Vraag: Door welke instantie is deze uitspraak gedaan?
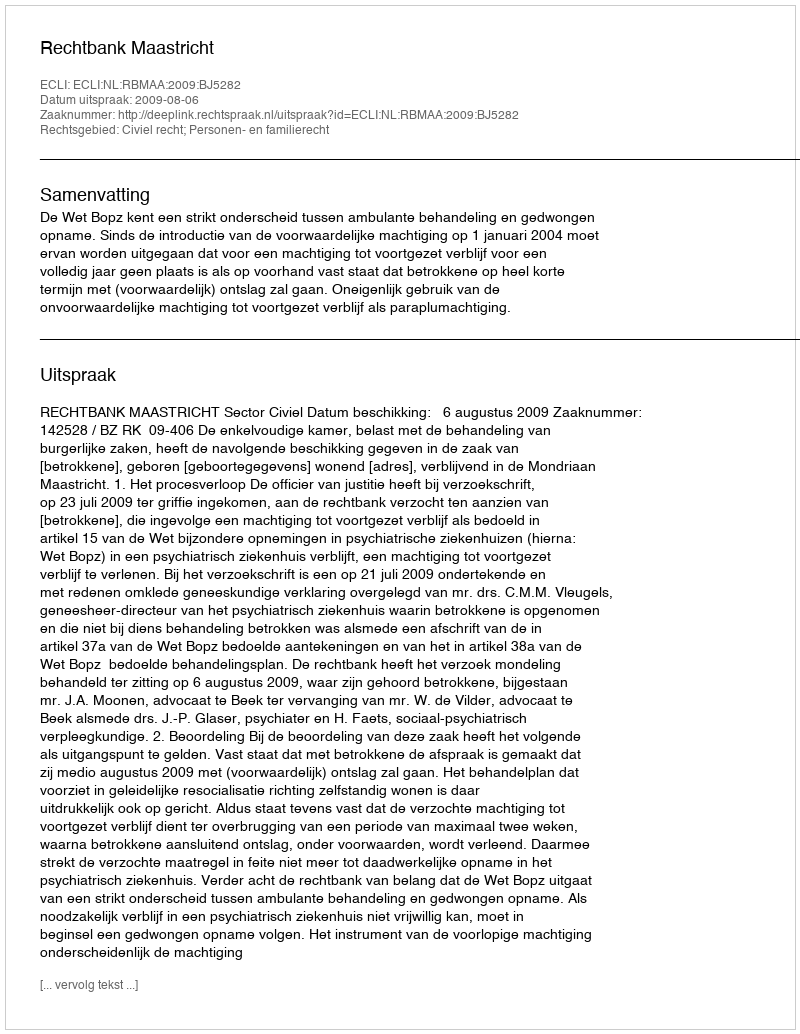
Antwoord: Rechtbank Maastricht